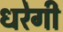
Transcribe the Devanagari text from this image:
धरेगी